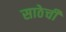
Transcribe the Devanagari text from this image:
साठेची